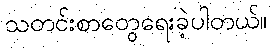
သတင်းစာတွေရေးခဲ့ပါတယ်။